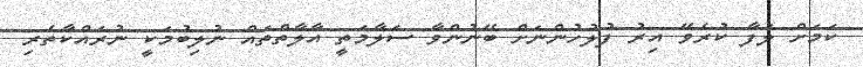
ކަމަށް ލަފާ ކުރެވޭ އިރު ފުލުހުންނަށް ބޭނުންވާ ސަލާމަތީ އާލާތްތައް ނުލިބުމަކީ ނުރައްކާތެރި